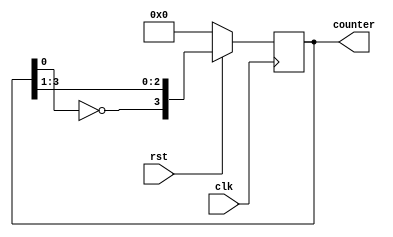
`timescale 1ns/1ps

module JohnsonCounter(clk,rst,counter);
  input clk;
  input rst;
  output reg [3:0] counter;
  
  always@(posedge clk)begin
    if(rst==0)begin
      counter=4'b0000;
    end
    else begin
      //taking the least important bit,reversing its value and making it the most important bit
      counter[3:0]={~counter[0],counter[3:1]};
      end
  end
endmodule